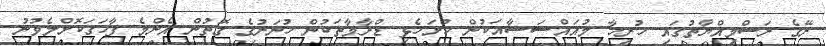
ރޭގެ ރަސްމިއްޔާތުގައި ހުރިހާ މުއައްސަސާއަކުން ހުށަހެޅި ޑްރާމާތަކުން ހުނަރުގެ ގޮތުން އެންމެ ފާހަގަކޮށްލެވުނު